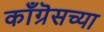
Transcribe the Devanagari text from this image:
काँग्रॆसच्या